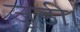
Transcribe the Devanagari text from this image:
जूडी।